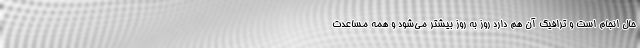
حال انجام است و ترافیک آن هم دارد روز به روز بیشتر می‌شود و همه مساعدت